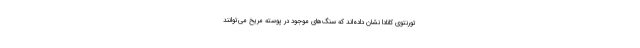
تورنتوی کانادا نشان داده‌اند که سنگ‌های موجود در پوسته مریخ می‌توانند